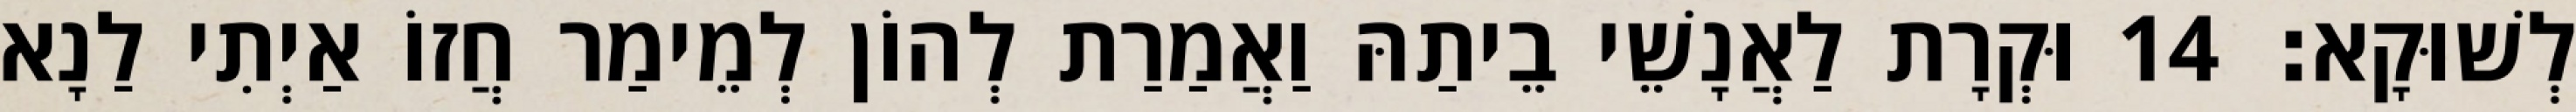
לְשׁוּקָא׃ 14 וּקְרָת לַאֲנָשֵׁי בֵיתַהּ וַאֲמַרַת לְהוֹן לְמֵימַר חֲזוֹ אַיְתִי לַנָא